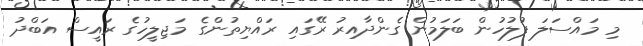
މި މައްސަލަ ފުލުހުން ބަލަމުން ގެންދާއިރު ރޭގައި ރައްޔިތުންގެ މަޖިލީހުގެ ރައީސް އަބްދު